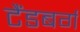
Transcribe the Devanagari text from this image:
टैंडबर्ग